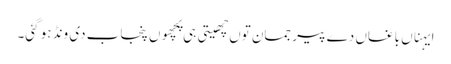
ایہناں باغاں دے پیر جمان توں چھیتی ہی پِچھوں پنجاب دی ونڈ ہو گئی۔